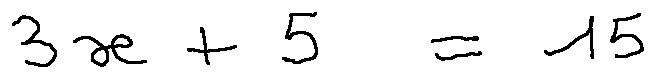
3 x + 5 = 1 5